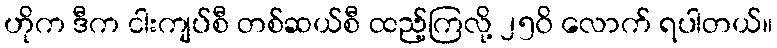
ဟိုက ဒီက ငါးကျပ်စီ တစ်ဆယ်စီ ထည့်ကြလို့ ၂၅၀ိ လောက် ရပါတယ်။